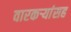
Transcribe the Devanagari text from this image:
वारकर्‍यांसह